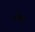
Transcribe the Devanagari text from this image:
रोलन